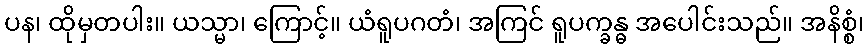
ပန၊ ထိုမှတပါး။ ယသ္မာ၊ ကြောင့်။ ယံရူပဂတံ၊ အကြင် ရူပက္ခန္ဓ အပေါင်းသည်။ အနိစ္စံ၊